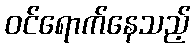
ဝင်ရောက်နေသည့်